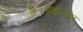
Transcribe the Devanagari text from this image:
है।इकोज़ोन